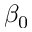
\beta _ { 0 }